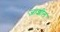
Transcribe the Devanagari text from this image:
जाशील